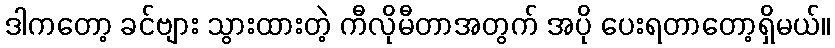
ဒါကတော့ ခင်ဗျား သွားထားတဲ့ ကီလိုမီတာအတွက် အပို ပေးရတာတော့ရှိမယ်။